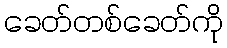
ခေတ်တစ်ခေတ်ကို